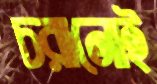
চরানোই